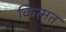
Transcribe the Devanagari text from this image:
किस्‍मत